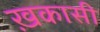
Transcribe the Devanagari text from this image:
ख़कासी